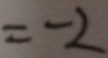
= - 2